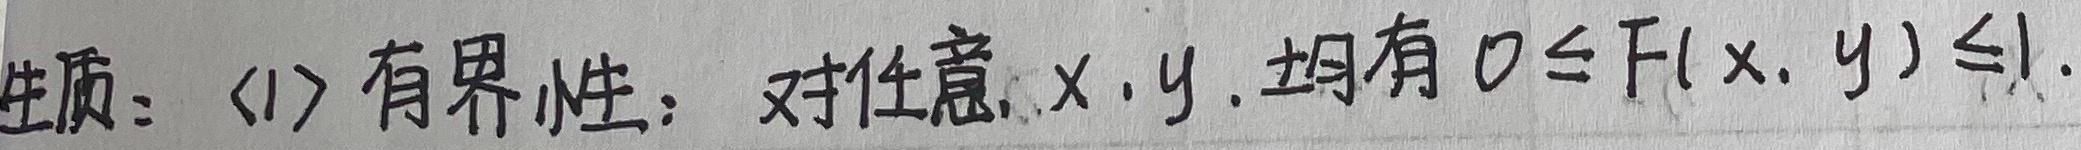
性质：(1) 有界性：对任意$x,y$, 均有$0\leq F(x,y)\leq1$.